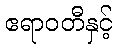
ဧရာဝတီနှင့်